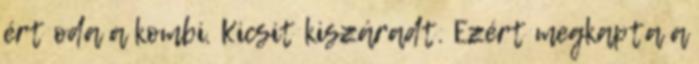
ért oda a kombi. Kicsit kiszáradt. Ezért megkapta a